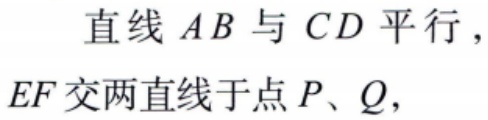
直线 \(AB\) 与 \(CD\) 平行，
\(EF\) 交两直线于点 \(P、Q\)，